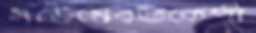
মডেমেরডকেপী